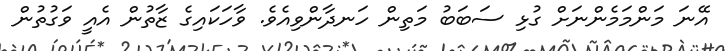
އޭނަ މަންމަމެންނަށް ގުޅި ސަބަބު މަތިން ހަނދާންވިއެވެ. ވާހަކައިގެ ޒާތުން އެއީ ވަގުތުން